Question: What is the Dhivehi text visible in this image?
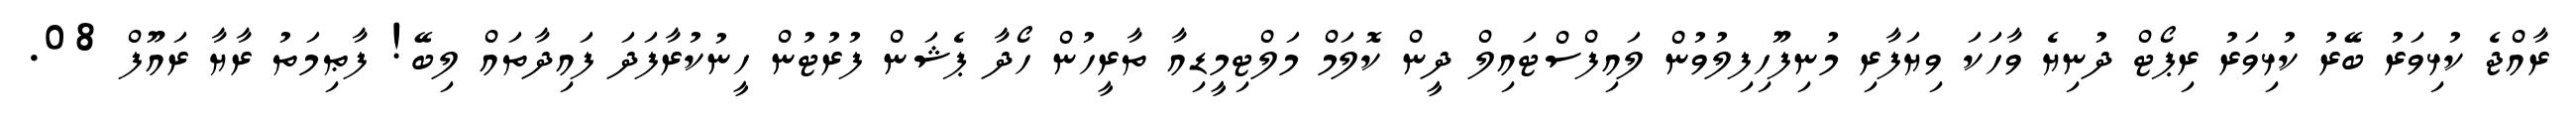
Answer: ރާއްޖެ ކުޅިވަރު ބޭރު ކުޅިވަރު ރިޕޯޓް ދުނިޔެ ވާހަކަ ވިޔަފާރި މުނިފޫހިފިލުވުން ލައިފްސްޓައިލް ދީން ކޮލަމް މަލްޓިމީޑިއާ ތާރީހުން ހޯދާ ޕެޝަން ފުރުޓުން ހީނުކުރާފަދަ ފައިދާތައް ލިބޭ! ފާޠިމަތު ރާޔާ ރައޫފް 08.